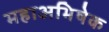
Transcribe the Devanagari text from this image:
महाअभिषेक